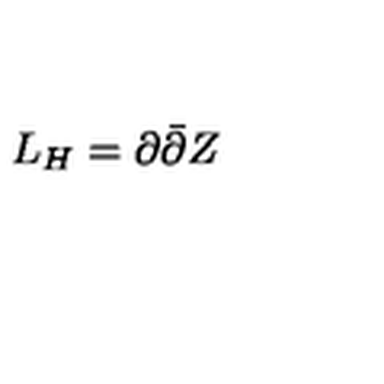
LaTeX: L _ { H } = \partial \bar { \partial } Z